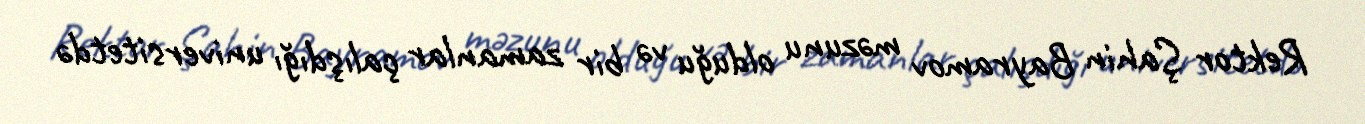
Rektor Şahin Bayramov məzunu olduğu və bir zamanlar çalışdığı universitetdə